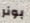
بونر